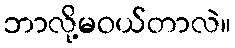
ဘာလို့မဝယ်တာလဲ။